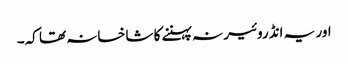
اور یہ انڈروئیر نہ پہننے کا شاخسانہ تھا کہ۔